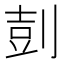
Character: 𪟌